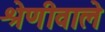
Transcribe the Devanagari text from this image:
श्रेणीवाले